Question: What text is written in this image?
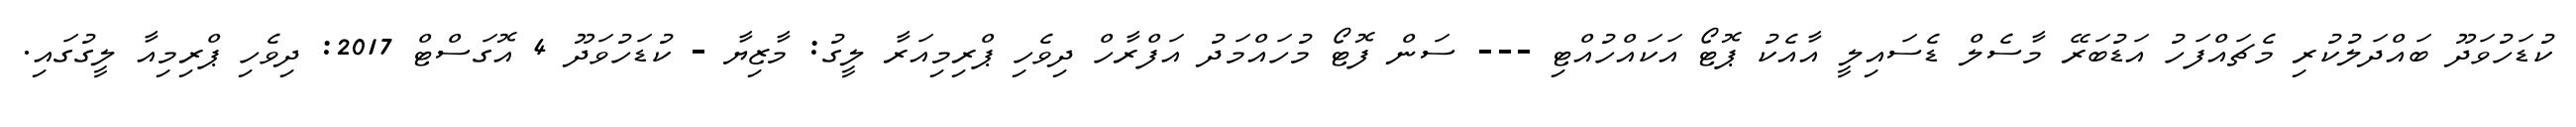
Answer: ކުޑަހުވަދޫ ބައްދަލުކުރި މެޗައްފަހު އަޑުބަރޭ މާސެލް ޑެސައިލީ އާއެކު ޕޮޓޯ އަކައްހުއްޓި --- ސަން ފޮޓޯ މުހައްމަދު އަފްރާހް ދިވެހި ޕްރިމިއަރާ ލީގު: މާޒިޔާ - ކުޑަހުވަދޫ 4 އޮގަސްޓް 2017: ދިވެހި ޕްރިމިއާ ލީގުގައި.